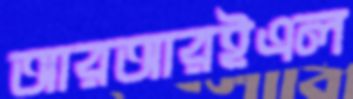
আরআরইএল